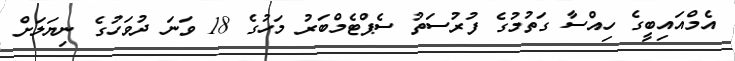
އެމްއައިބީގެ ހިއްސާ ގަތުމުގެ ފުރުސަތު ސެޕްޓެމްބަރު މަހުގެ 18 ވަނަ ދުވަހުގެ ނިޔަލަށް